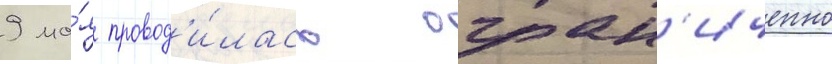
9 ма́я провод'и́лась огран'иченно